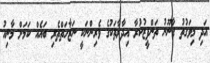
އަދި މިވަގުތު ގާނޫނު ތަންފީޒުކުރާ އިދާރާތަކުގެ ވެރިންނަކީ ނަޒާހަތްތެރި ބައެއް ކަމަށް މާނިއު